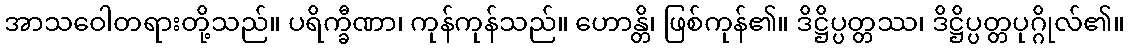
အာသဝေါတရားတို့သည်။ ပရိက္ခီဏာ၊ ကုန်ကုန်သည်။ ဟောန္တိ၊ ဖြစ်ကုန်၏။ ဒိဋ္ဌိပ္ပတ္တဿ၊ ဒိဋ္ဌိပ္ပတ္တပုဂ္ဂိုလ်၏။